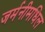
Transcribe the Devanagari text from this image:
जर्मनीमधिल